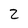
Character: 2